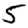
Digit: 5